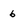
Character: 6